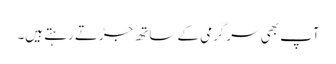
آپ بھی سرگرمی کے ساتھ جڑتے رہتے ہیں۔